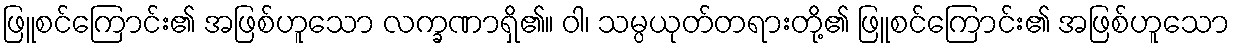
ဖြူစင်ကြောင်း၏ အဖြစ်ဟူသော လက္ခဏာရှိ၏။ ဝါ၊ သမ္ပယုတ်တရားတို့၏ ဖြူစင်ကြောင်း၏ အဖြစ်ဟူသော